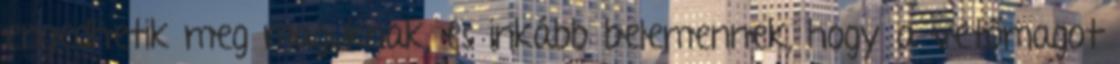
engedhetik meg maguknak, és inkább belemennek, hogy a vetőmagot